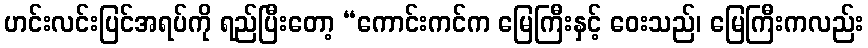
ဟင်းလင်းပြင်အရပ်ကို ရည်ပြီးတော့ “ကောင်းကင်က မြေကြီးနှင့် ဝေးသည်၊ မြေကြီးကလည်း